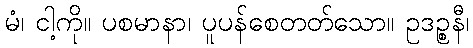
မံ၊ ငါ့ကို။ ပစမာနာ၊ ပူပန်စေတတ်သော။ ဥဒဉ္စနီ၊